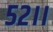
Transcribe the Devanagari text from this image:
५२।।